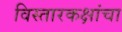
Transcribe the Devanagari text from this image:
विस्तारकक्षांचा